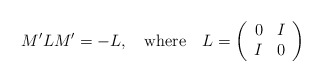
\begin{align*} M'LM' = - L, \quad {\rm where} \quad L = \left( \begin{array}{cc} 0 & I \\ I & 0\end{array} \right)\end{align*}